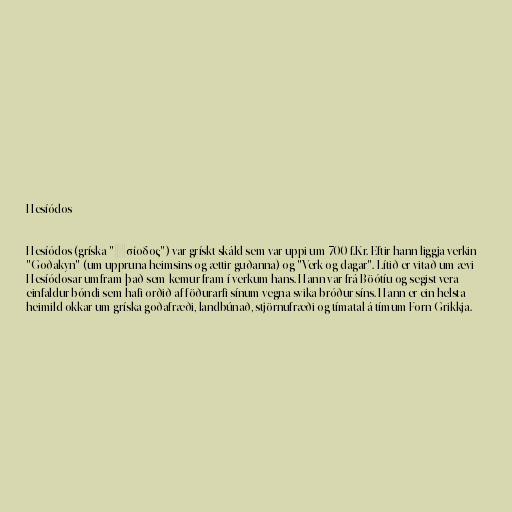
Hesíódos

Hesíódos (gríska "Ἡσίοδος") var grískt skáld sem var uppi um 700 f.Kr. Eftir hann liggja verkin
"Goðakyn" (um uppruna heimsins og ættir guðanna) og "Verk og dagar". Lítið er vitað um ævi
Hesíódosar umfram það sem kemur fram í verkum hans. Hann var frá Böótíu og segist vera
einfaldur bóndi sem hafi orðið af föðurarfi sínum vegna svika bróður síns. Hann er ein helsta
heimild okkar um gríska goðafræði, landbúnað, stjörnufræði og tímatal á tímum Forn-Grikkja.